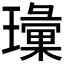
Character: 𱯲